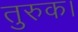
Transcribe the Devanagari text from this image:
तुरुक।